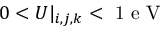
0 < U | _ { i , j , k } < \mathrm { ~ 1 ~ e ~ V ~ }